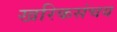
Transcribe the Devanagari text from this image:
खरिकसंचय